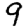
Digit: 9